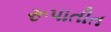
રૂપાતીત